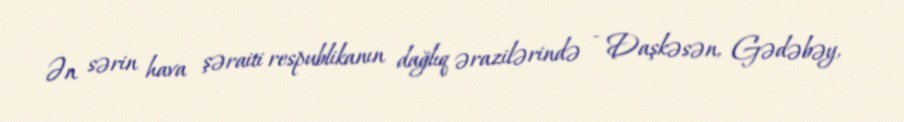
Ən sərin hava şəraiti respublikanın dağlıq ərazilərində - Daşkəsən, Gədəbəy,